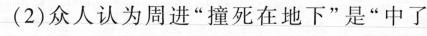
(2)众人认为周进”撞死在地下”是”中了